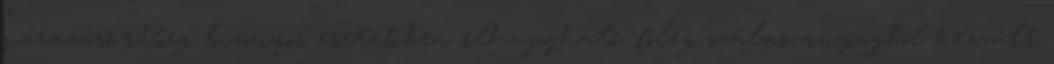
párazáró réteg bizonyos esetekben elhagyható, főleg szálas anyagból készült